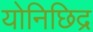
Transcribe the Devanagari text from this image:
योनिछिद्र